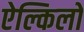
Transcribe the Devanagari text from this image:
ऐल्किलों